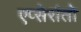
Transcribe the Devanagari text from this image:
एप्सेरांतो